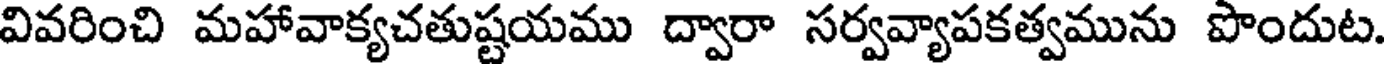
వివరించి మహావాక్యచతుష్టయము ద్వారా సర్వవ్యాపకత్వమును పొందుట.